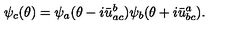
\psi _ { c } ( \theta ) = \psi _ { a } ( \theta - i \bar { u } _ { a c } ^ { b } ) \psi _ { b } ( \theta + i \bar { u } _ { b c } ^ { a } ) .